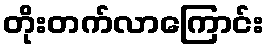
တိုးတက်လာကြောင်း